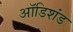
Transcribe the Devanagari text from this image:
ऑडिशंड